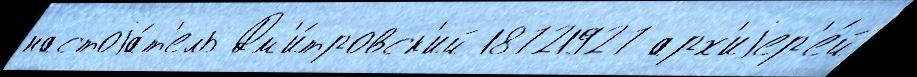
настоjа́т'ель Дм'и́тровск'ий 18721927 арх'иjер'е́й